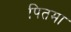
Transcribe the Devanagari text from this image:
पितमा